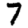
Digit: 7